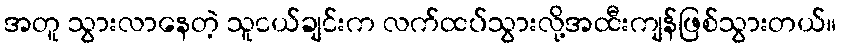
အတူ သွားလာနေတဲ့ သူငယ်ချင်းက လက်ထပ်သွားလို့အထီးကျန်ဖြစ်သွားတယ်။